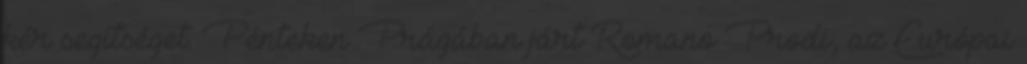
kér segítséget. Pénteken Prágában járt Romano Prodi, az Európai